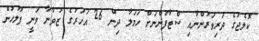
ކޮލެޖުގެ ދަރިވަރުންނާއި ސްޓާފުންނަށް ހަމަލާ ދިން 26 އަހަރުގެ ޒުވާނާ ވަނީ ފުލުހުން